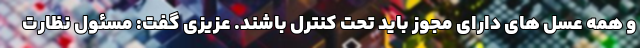
و همه عسل های دارای مجوز باید تحت کنترل باشند. عزیزی گفت: مسئول نظارت